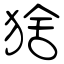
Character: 猞